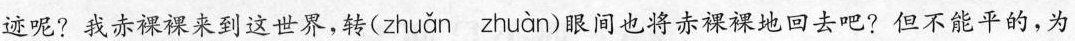
迹呢?我赤裸裸来到这世界，转( zhuǎn zhuàn )眼间也将赤裸裸地回去吧?但不能平的，为